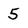
Character: 5